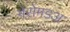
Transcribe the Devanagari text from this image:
मेरोमडअ